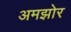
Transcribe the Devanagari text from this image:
अमझोर